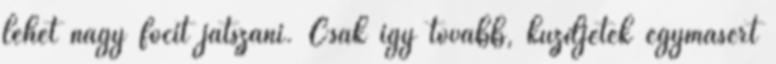
lehet nagy focit játszani. Csak igy tovább, küzdjetek egymásért